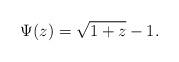
LaTeX: \begin{align*}\Psi(z)=\sqrt{1+z}-1.\end{align*}